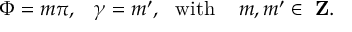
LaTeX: \Phi = m \pi , \, \, \, \, \, \gamma = m ^ { \prime } , \, \, \, \, \mathrm { w i t h } \, \, \, \, \, \, \, m , m ^ { \prime } \in \mathrm { { \bf ~ Z } } .